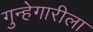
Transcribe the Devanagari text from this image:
गुन्हेगारीला